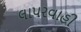
લાપરવાહી